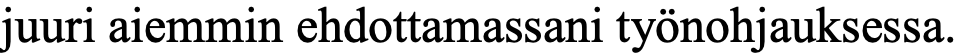
juuri aiemmin ehdottamassani työnohjauksessa.